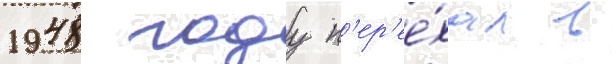
1948 году п'ер'ее́хал в